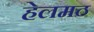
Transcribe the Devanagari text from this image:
हेलमठ